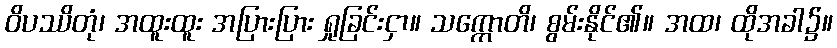
ဝိပဿိတုံ၊ အထူးထူး အပြားပြား ရှုခြင်းငှာ။ သက္ကောတိ၊ စွမ်းနိုင်၏။ အထ၊ ထိုအခါ၌။